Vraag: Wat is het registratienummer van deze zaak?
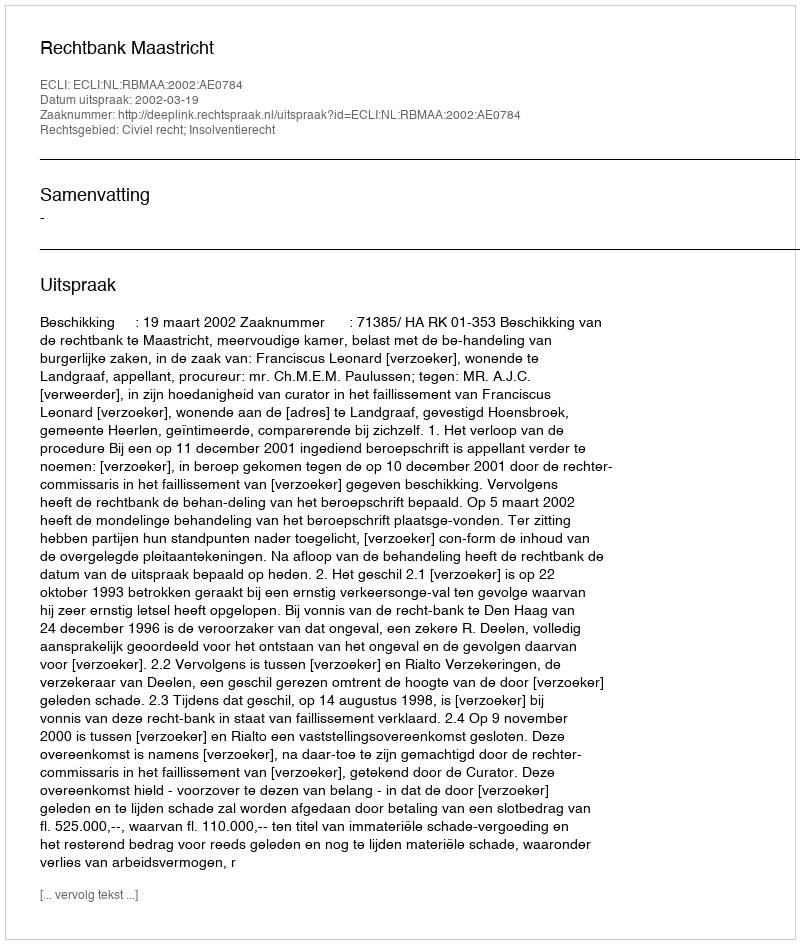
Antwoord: http://deeplink.rechtspraak.nl/uitspraak?id=ECLI:NL:RBMAA:2002:AE0784